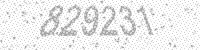
Solution: 829231